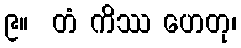
၉။  တံ ကိဿ ဟေတု၊